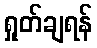
ရှုတ်ချရန်